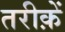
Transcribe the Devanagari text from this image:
तरीक़ें